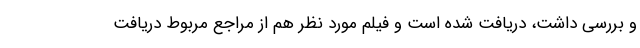
و بررسی داشت، دریافت شده است و فیلم مورد نظر هم از مراجع مربوط دریافت